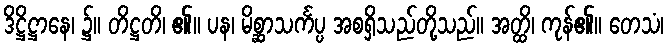
ဒိဋ္ဌိဋ္ဌာနေ၊ ၌။ တိဋ္ဌတိ၊ ၏။ ပန၊ မိစ္ဆာသင်္ကပ္ပ အစရှိသည်တို့သည်။ အတ္ထိ၊ ကုန်၏။ တေသံ၊